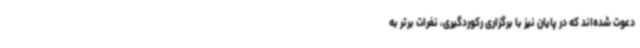
دعوت شده‌اند که در پایان نیز با برگزاری رکوردگیری، نفرات برتر به